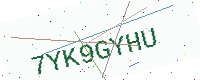
Text: 7YK9GYHU